Bulletin of the Pasteur Institute of Southern India, Coonoor - No. 3.
Year: 1910
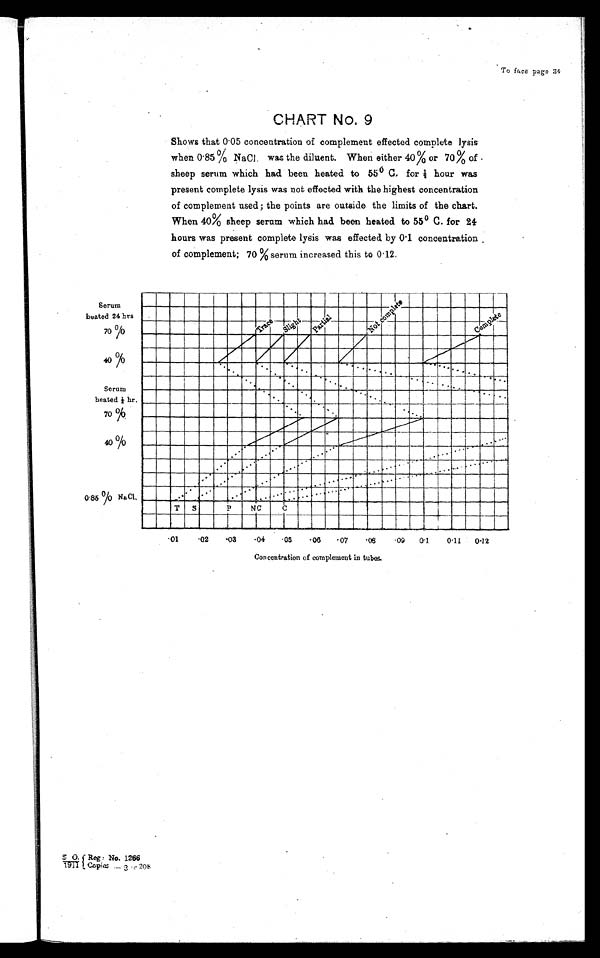
To face page 34
CHART No. 9
Shows that 0.. 0 5 c o n c e n t r a t i o n o f c o m p l e m e n t e f f e c t e d c o m p l e t e l y s i s
when 0·. .
8 5 % N a C I . w a s t h e d i l u e n t . W h e n e i t h e r 4 0 % o r 7 0 % o f
sheep serum which had been heated to 55° C. for ½ hourw a s
present complete lysis was not effected with the highest concentration
of complement used; the points are outside the limits of the chart.
When 40% sheep serum which had been heated to 55° C. for 24
hours was present complete lysis was effected by 0·. 1 c o n c e n t r a t i o n
of complement; 70 % serum increased this to 0·12.
0./1911 Reg: No. 1266
copies— 3 ÷ 208